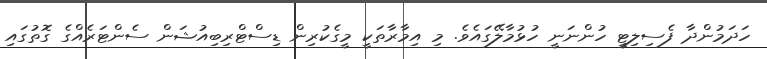
ހަދަމުންދާ ފެސިލިޓީ ހުންނަނީ ހުޅުމާލޭގައެވެ. މި އިމާރާތަކީ މީގެކުރިން ޑިސްޓްރިބިއުޝަން ސެންޓަރެއްގެ ގޮތުގައި